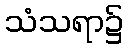
သံသရာ၌